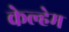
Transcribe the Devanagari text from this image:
केल्हेम